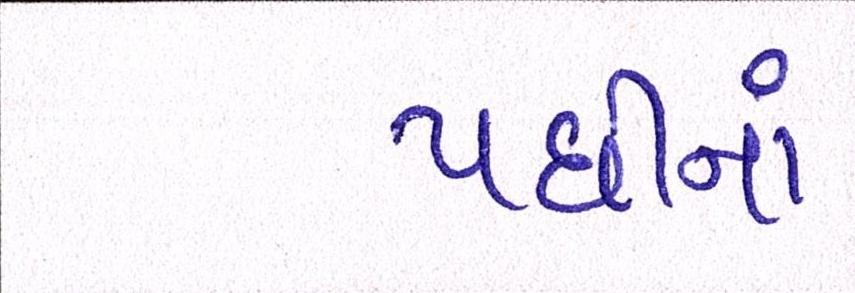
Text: પછીનાં